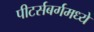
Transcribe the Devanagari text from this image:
पीटर्सबर्गमध्ये